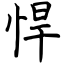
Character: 悍